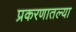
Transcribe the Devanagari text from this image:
प्रकरणातल्या